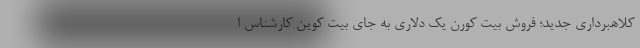
کلاهبرداری جدید؛ فروش بیت کورن یک دلاری به جای بیت کوین کارشناس ا